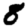
Digit: 8